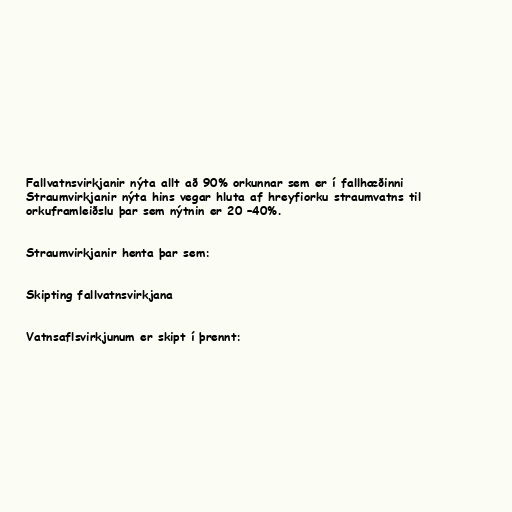
Fallvatnsvirkjanir nýta allt að 90% orkunnar sem er í fallhæðinni
Straumvirkjanir nýta hins vegar hluta af hreyfiorku straumvatns til
orkuframleiðslu þar sem nýtnin er 20 –40%.

Straumvirkjanir henta þar sem:

Skipting fallvatnsvirkjana

Vatnsaflsvirkjunum er skipt í þrennt: